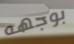
بوجهه